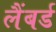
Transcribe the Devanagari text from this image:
लैंबर्ड